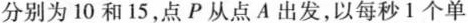
分别为10和15，点P从点A出发，以每秒1个单